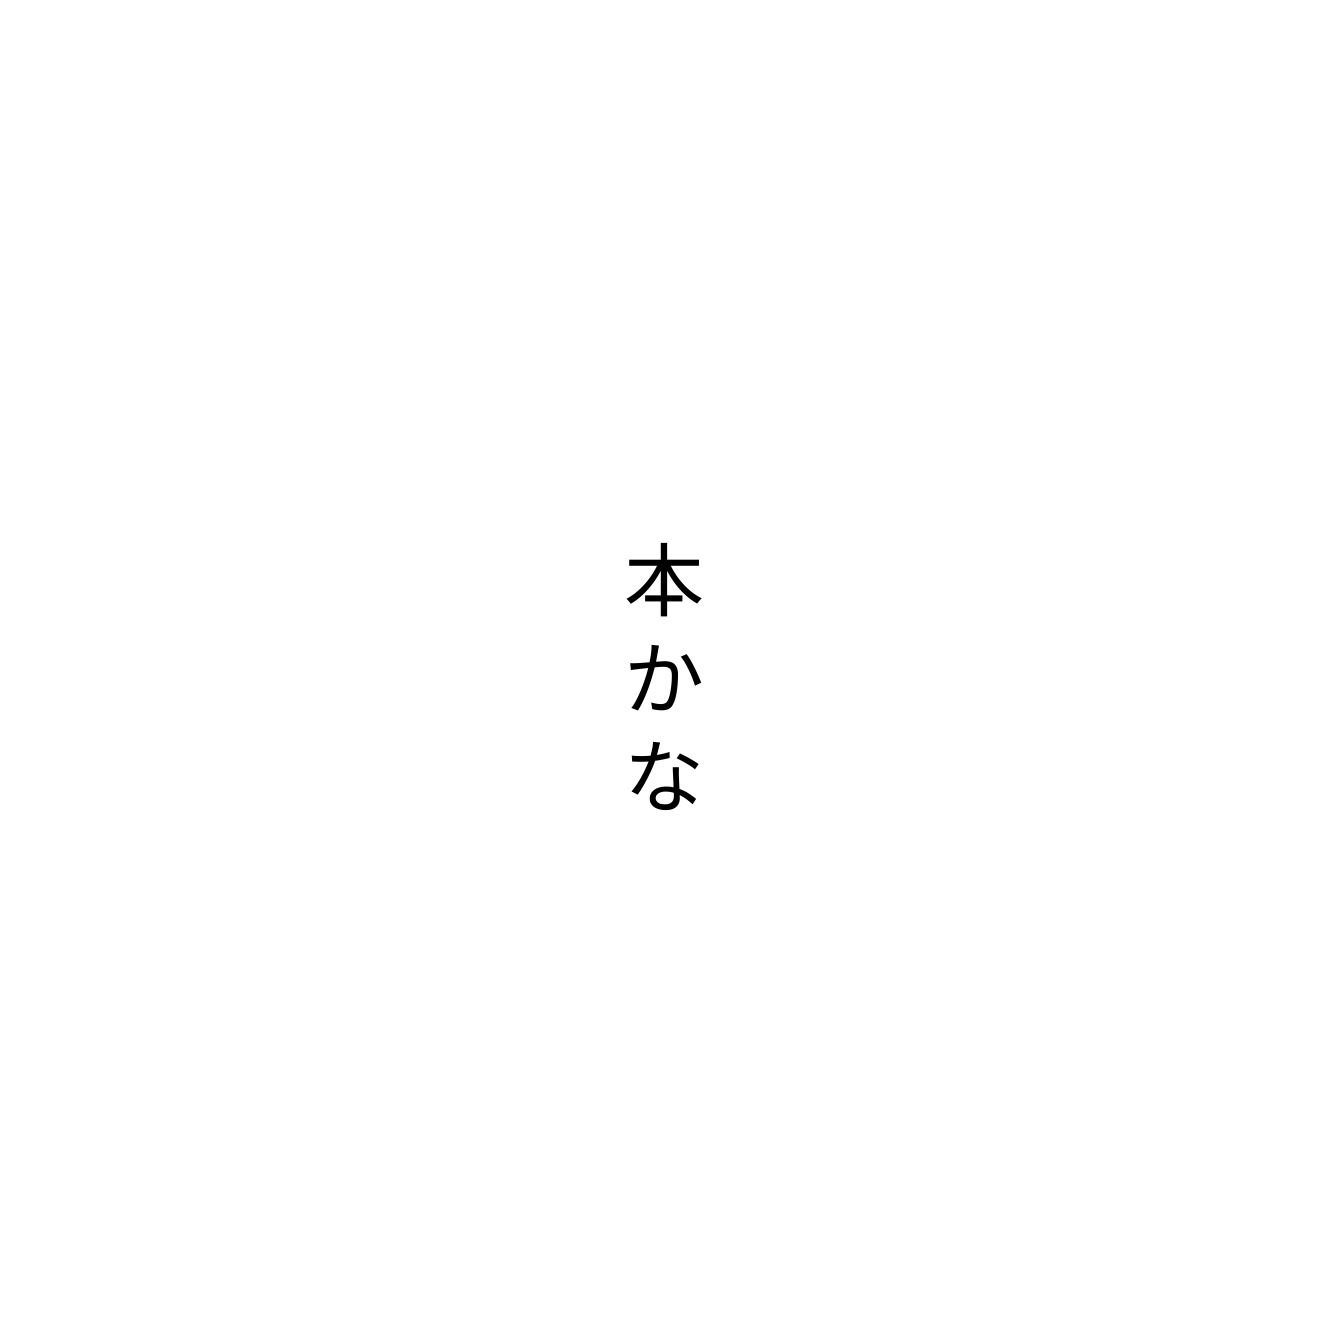
本かな